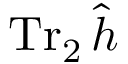
\operatorname { T r } _ { 2 } \hat { h }